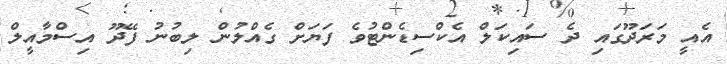
އެއީ މަރަދޫގައި ދެ ސައިކަލް އެކްސިޑެންޓުވެ ފަޔަށް ގެއްލުން ލިބުނު ފޭދޫ އިސްމާއީލް